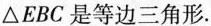
\triangle EBC是等边三角形.